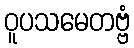
ဝူပသမေတဗ္ဗံ